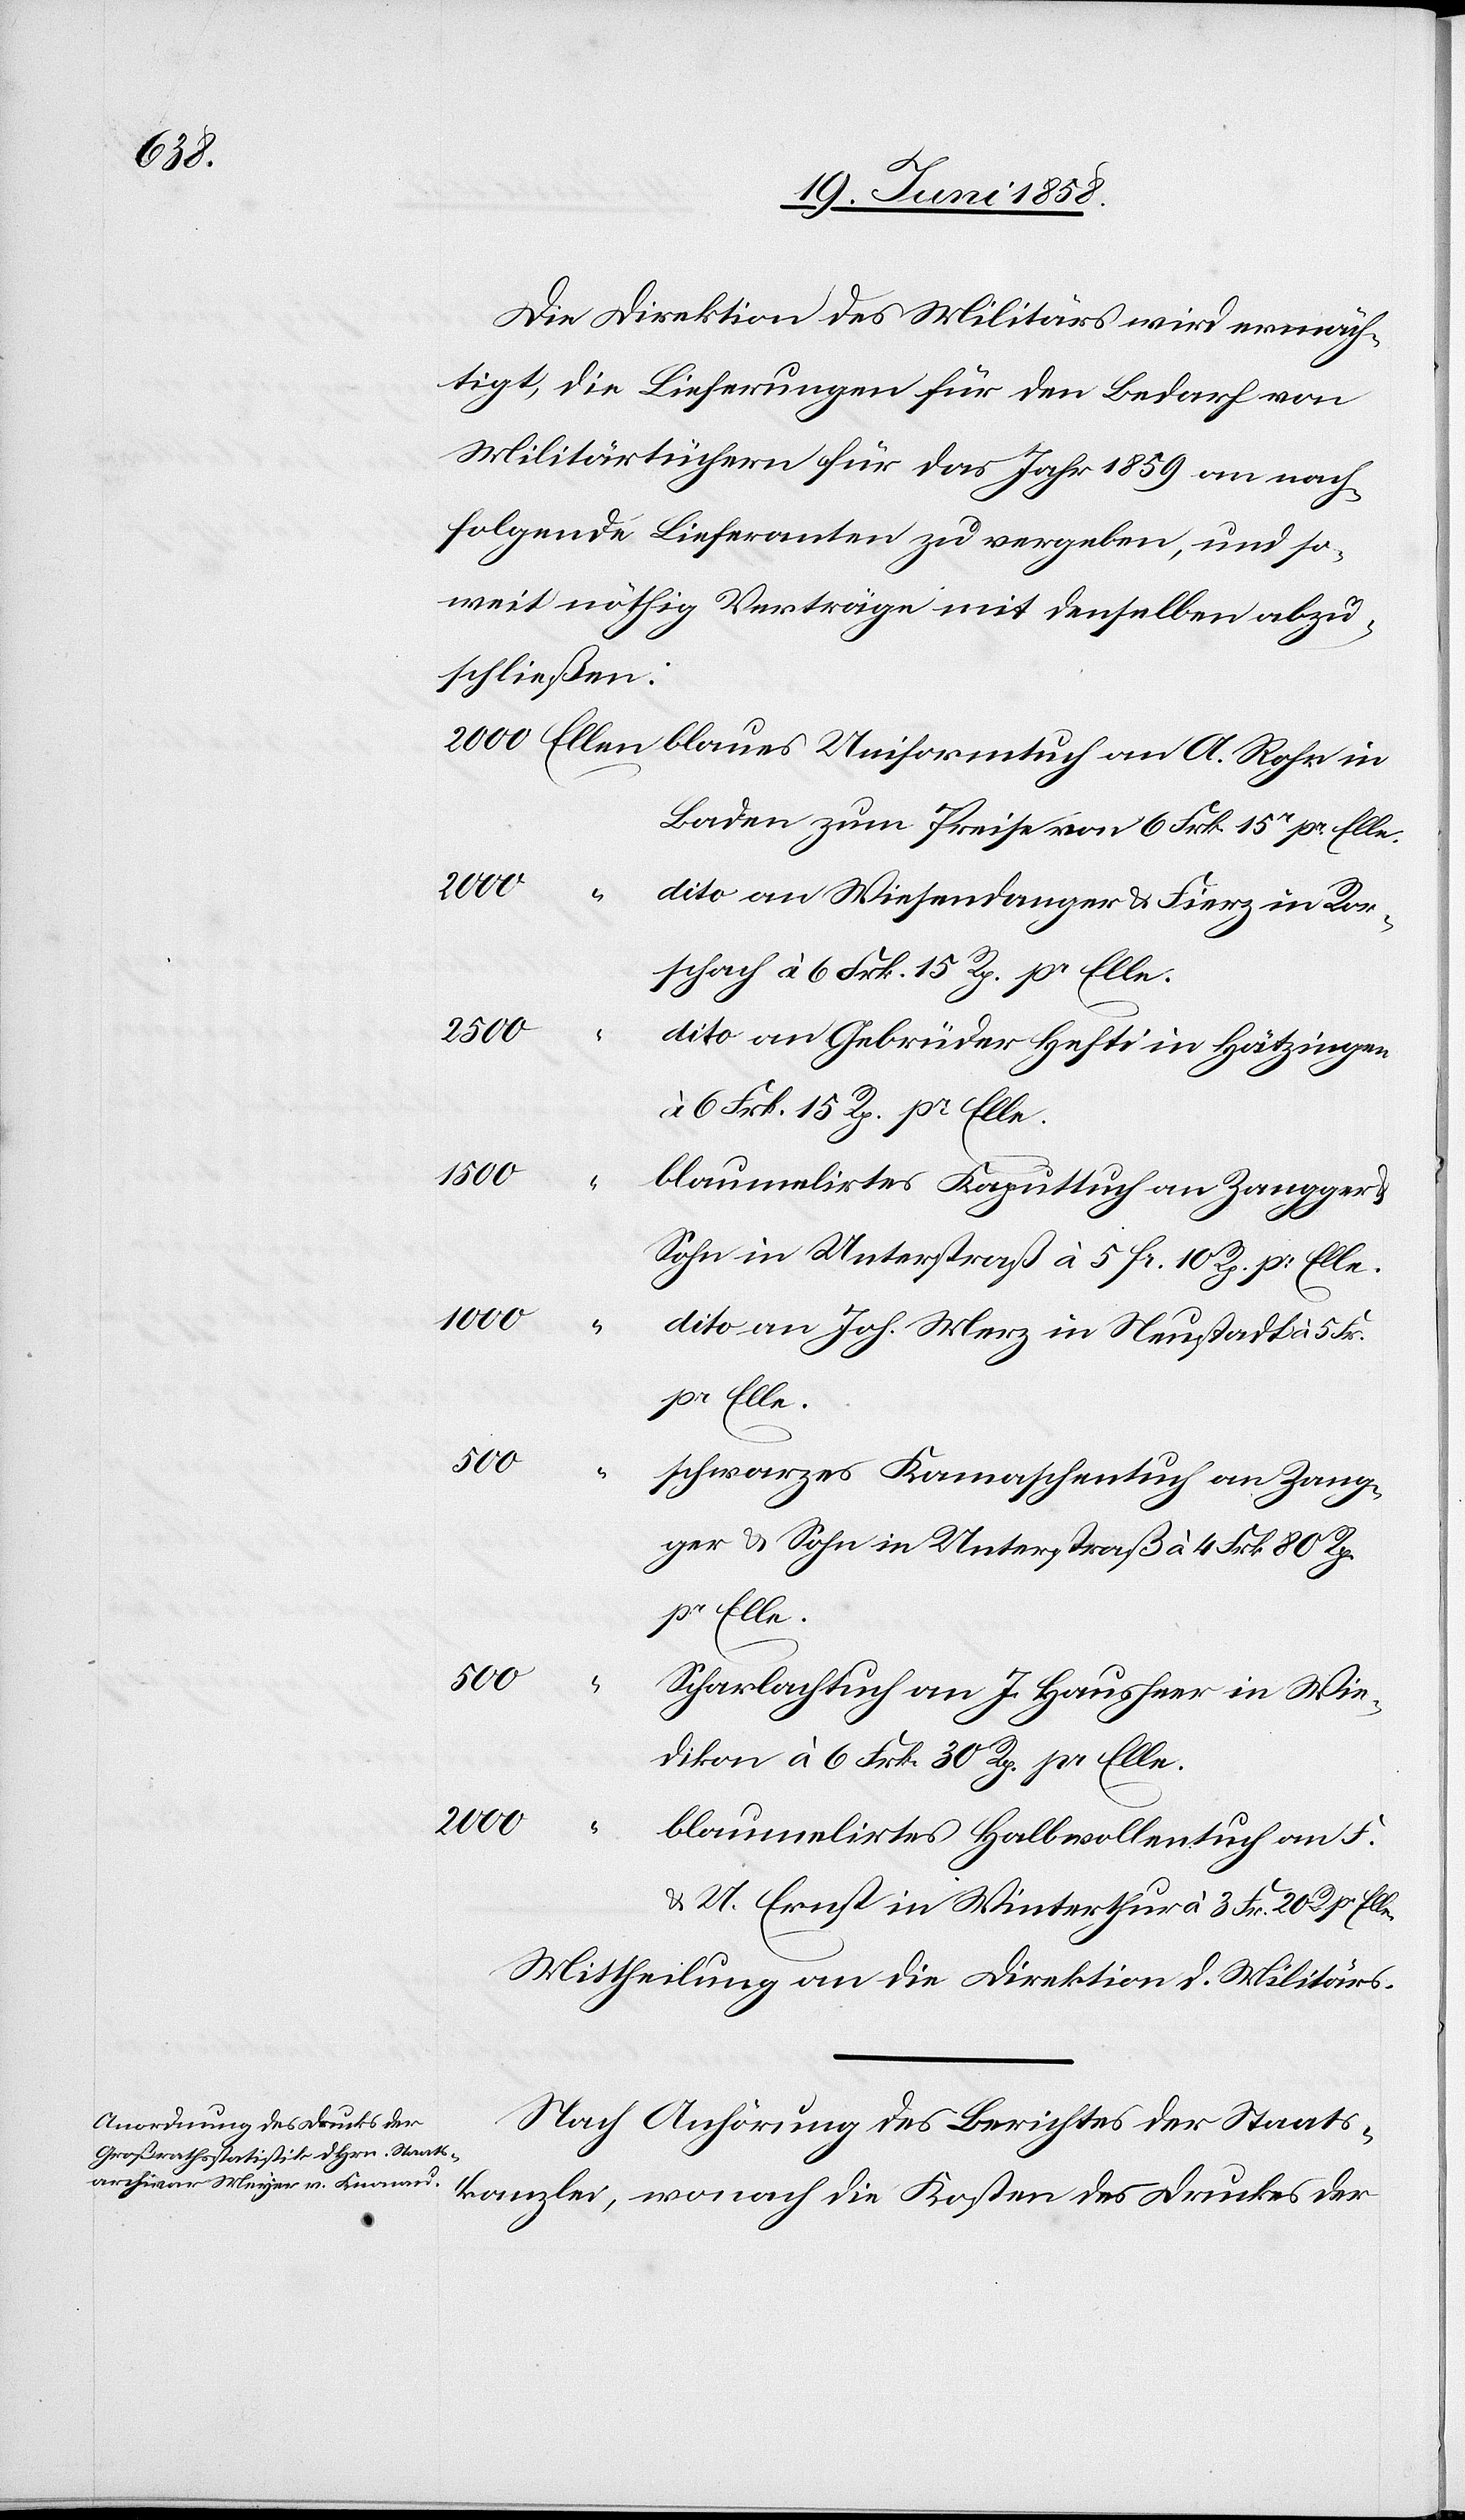
Die Direktion des Militärs wird ermäch¬
tigt, die Lieferungen für den Bedarf von
Militärtüchern für das Jahr 1859 an nach¬
folgende Lieferanten zu vergeben, und so¬
weit nöthig Verträge mit denselben abzu¬
schließen:
Baden zum Preise von 6 Frk. 15r pr. Elle.
2000
“
dito an Wiesendanger & Fierz in Ror¬
schach à 6 Frk. 15 Rp. pr Elle.
2500
dito an Gebrüder Hefti in Hätzingen
6 Frk. 15 Rp. pr. Elle.
1500
blaumelirtes Kaputtuch an Zangger
Sohn in Unterstraß à 5 Fr. 10 Rp. pr. Elle.
1000
“
dito an Joh. Merz in Neustadt à 5 Fr.
pr Elle.
500
“
schwarzes Kamaschentuch an Zang¬
ger & Sohn in Unterstraß à 4 Frk. 80 Rp.
pr Elle.
500
Scharlachtuch an J. Hausheer in Wie¬
dikon à 6 Frk. 30 Rp. pr Elle.
2000
blaumelirtes Halbwollentuch an F.
& U. Ernst in Winterthur à 3 Fr. 20 R. pr Elle.
Mittheilung an die Direktion d. Militärs.
Nach Anhörung des Berichtes der Staats¬
kanzlei, wonach die Kosten des Druckes der